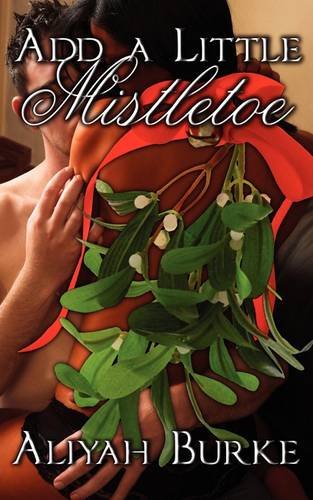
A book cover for Add A Little Mistletoe; Aliyah Burke; Romance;